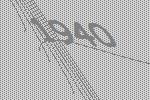
1940